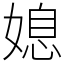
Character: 媳